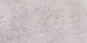
مؤقتا